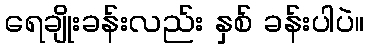
ရေချိုးခန်းလည်း နှစ် ခန်းပါပဲ။